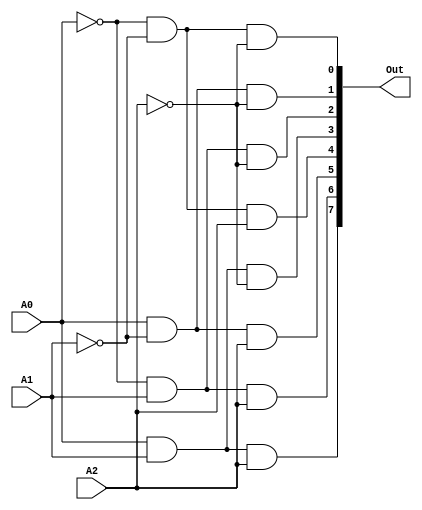
`timescale 1ns / 1ps
//////////////////////////////////////////////////////////////////////////////////
// Company: 
// 
// Design Name: 
// Module Name: Decoder32
// Project Name: 
// Target Devices: 
// Tool Versions: 
// Description: 
// 
// Dependencies: 
// 
// Revision:
// Revision 0.01 - File Created
// Additional Comments:
// 
//////////////////////////////////////////////////////////////////////////////////

// RTL3-8
module Decoder32(
        input wire A0,
        input wire A1,
        input wire A2,
        output wire [7:0] Out
    );
    
    assign    Out[0] = ~A0 & ~A1 & ~A2;
    assign    Out[1] = A0  & ~A1 & ~A2;
    assign    Out[2] = ~A0 & A1  & ~A2;
    assign    Out[3] = A0 & A1 & ~A2;
    assign    Out[4] = ~A0  & ~A1 & A2;
    assign    Out[5] = A0  & ~A1 & A2;
    assign    Out[6] = ~A0  & A1  & A2;
    assign    Out[7] = A0  & A1  & A2;

endmodule